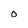
Character: O